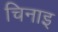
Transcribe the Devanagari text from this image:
चिनाइ